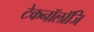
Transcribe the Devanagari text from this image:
टेकनॉलॉजि